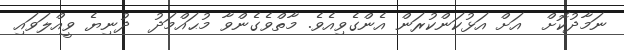
ނަމާދުކޮށް  އަށް އަޅުކަންކުރަން އެންގެވިއެވެ. މާތްވެގެންވާ މުޙައްމަދު  ދުނިޔެ ވީއްލަވައި